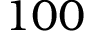
1 0 0